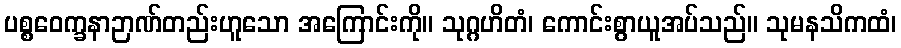
ပစ္စဝေက္ခနာဉာဏ်တည်းဟူသော အကြောင်းကို။ သုဂ္ဂဟိတံ၊ ကောင်းစွာယူအပ်သည်။ သုမနသိကထံ၊